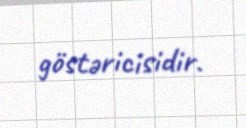
göstəricisidir.